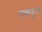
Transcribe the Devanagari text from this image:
उकडुन